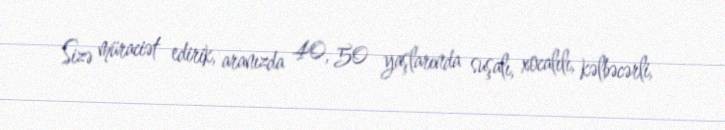
Sizə müraciət edirik, aranızda 40, 50 yaşlarında suşalı, xocalılı, kəlbəcərli,